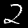
Digit: 2